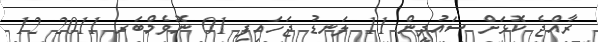
ރާއްޖެ ކޮޅަށް ސައުދީން 11 ލަނޑު ޖަހަައިފި 01 ނޮވެމްބަރ 2011 12